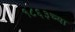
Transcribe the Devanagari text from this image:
१८६३च्या